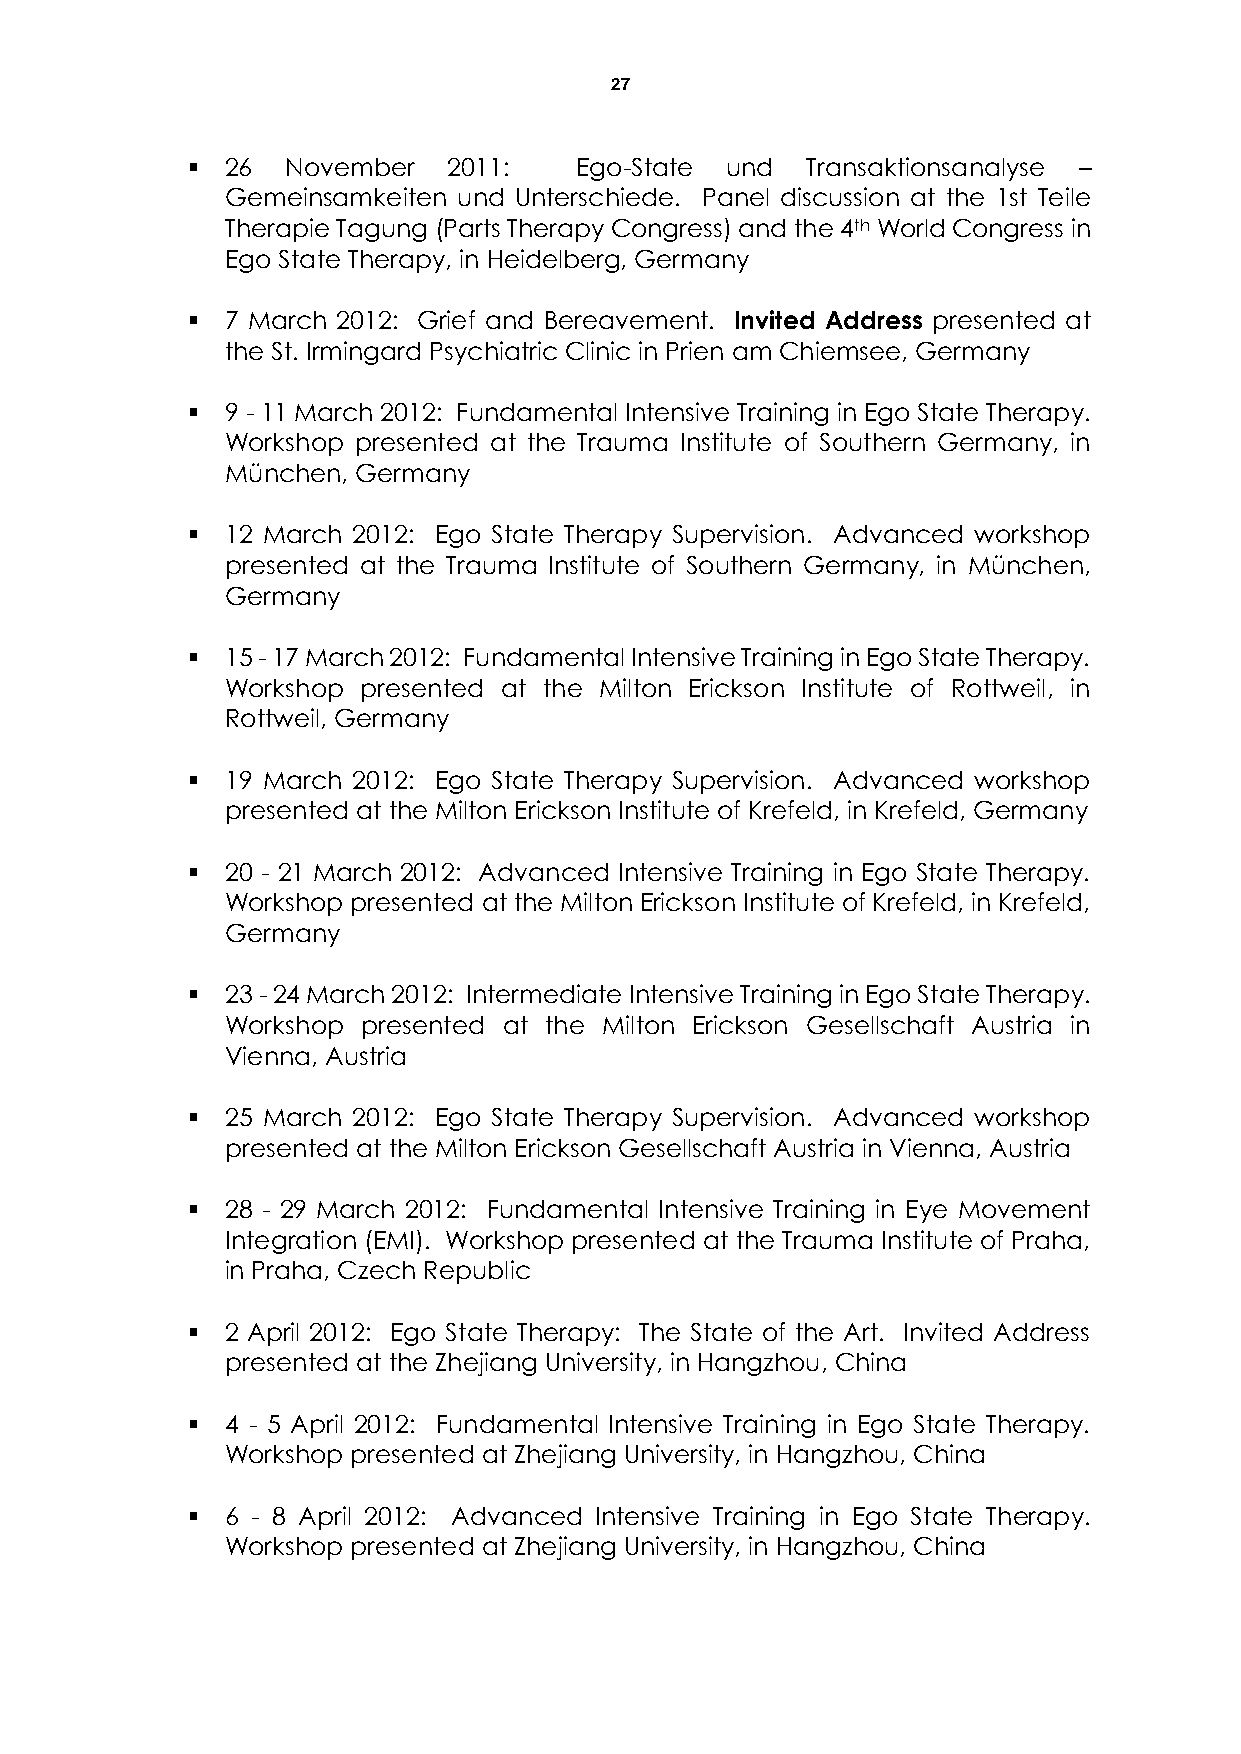
27
   26  November   2011:   Ego-State und  Transaktionsanalyse –
 Gemeinsamkeiten und Unterschiede. Panel discussion at the 1st Teile
 Therapie Tagung (Parts Therapy Congress) and the 4th World Congress in
 Ego State Therapy, in Heidelberg, Germany
   7 March 2012: Grief and Bereavement. Invited Address presented at
 the St. Irmingard Psychiatric Clinic in Prien am Chiemsee, Germany
   9 - 11 March 2012: Fundamental Intensive Training in Ego State Therapy.
 Workshop presented at the Trauma Institute of Southern Germany, in
 München, Germany
   12 March 2012: Ego State Therapy Supervision. Advanced workshop
 presented at the Trauma Institute of Southern Germany, in München,
 Germany
   15 - 17 March 2012: Fundamental Intensive Training in Ego State Therapy.
 Workshop presented at the Milton Erickson Institute of Rottweil, in
 Rottweil, Germany
   19 March 2012: Ego State Therapy Supervision. Advanced workshop
 presented at the Milton Erickson Institute of Krefeld, in Krefeld, Germany
   20 - 21 March 2012: Advanced Intensive Training in Ego State Therapy.
 Workshop presented at the Milton Erickson Institute of Krefeld, in Krefeld,
 Germany
   23 - 24 March 2012: Intermediate Intensive Training in Ego State Therapy.
 Workshop presented at the Milton Erickson Gesellschaft Austria in
 Vienna, Austria
   25 March 2012: Ego State Therapy Supervision. Advanced workshop
 presented at the Milton Erickson Gesellschaft Austria in Vienna, Austria
   28 - 29 March 2012: Fundamental Intensive Training in Eye Movement
 Integration (EMI). Workshop presented at the Trauma Institute of Praha,
 in Praha, Czech Republic
   2 April 2012: Ego State Therapy: The State of the Art. Invited Address
 presented at the Zhejiang University, in Hangzhou, China
   4 - 5 April 2012: Fundamental Intensive Training in Ego State Therapy.
 Workshop presented at Zhejiang University, in Hangzhou, China
   6 - 8 April 2012: Advanced Intensive Training in Ego State Therapy.
 Workshop presented at Zhejiang University, in Hangzhou, China